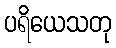
ပရိယေသတု